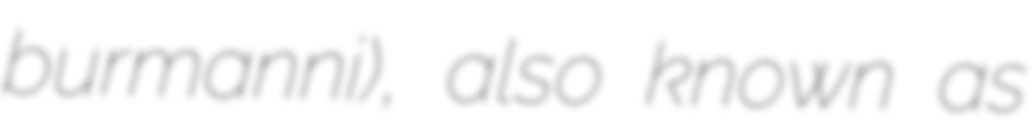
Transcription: burmanni), also known as